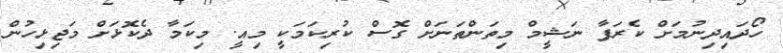
ހޯދައިދިނުމަށް ކެރަފާ ނަޝީމް މިތަންތަނަށް ގޮސް ކުރިކަމަކީ މިއީ. މިކަމާ ދެކޮޅަށް މަޖިޅިހުން